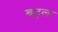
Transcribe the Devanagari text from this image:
बटुला